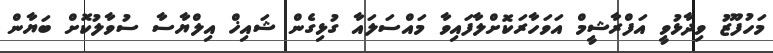
މަހުފޫޒު ވިދާޅުވީ އަފްރާޝީމް އަވަހާރަކޮށްލާފައިވާ މައްސަލައާ ގުޅިގެން ޝައިޚް އިލްޔާސާ ސުވާލުކޮށް ބަޔާން